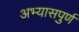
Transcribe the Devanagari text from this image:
अभ्यासपुर्ण